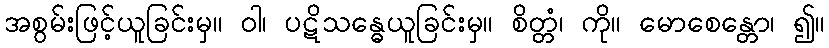
အစွမ်းဖြင့်ယူခြင်းမှ။ ဝါ၊ ပဋိသန္ဓေယူခြင်းမှ။ စိတ္တံ၊ ကို။ မောစေန္တော၊ ၍။